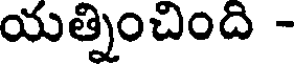
యత్నించింది -